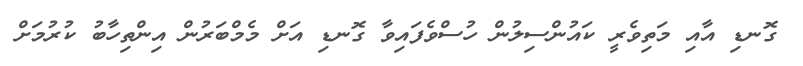
ގޮނޑި އާއި މަތިވެރީ ކައުންސިލުން ހުސްވެފައިވާ ގޮނޑި އަށް މެމްބަރުން އިންތިހާބު ކުރުމަށް